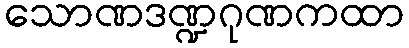
သောဏဒဏ္ဍဂုဏကထာ